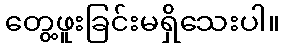
တွေ့ဖူးခြင်းမရှိသေးပါ။